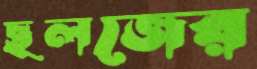
ছলজের